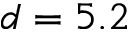
d = 5 . 2